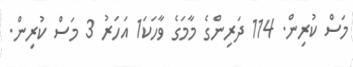
މަސް ކުރިން. 114 ދަރިންގެ މާމަގެ ވާހަކަ1 އަހަރު 3 މަސް ކުރިން.